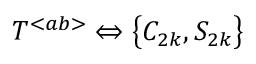
{ \cal T } ^ { < a b > } \Leftrightarrow \big \{ C _ { 2 k } , S _ { 2 k } \big \}